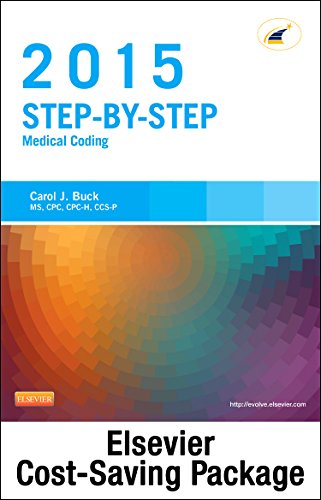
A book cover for Medical Coding Online for Step-by-Step Medical Coding 2015 Edition (Access Code, Textbook and Workbook package), 1e; Carol J. Buck MS  CPC  CCS-P; Medical Books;